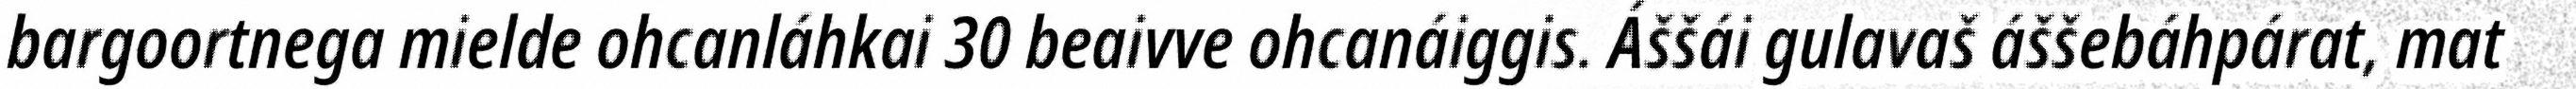
bargoortnega mielde ohcanláhkai 30 beaivve ohcanáiggis. Áššái gulavaš áššebáhpárat, mat